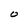
Character: O